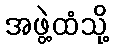
အဖွဲ့ထံသို့